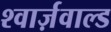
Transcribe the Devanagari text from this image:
श्वार्ज़वाल्ड